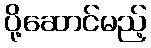
ပို့ဆောင်မည့်